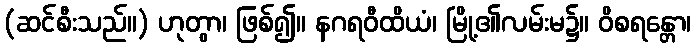
(ဆင်စီးသည်။) ဟုတွာ၊ ဖြစ်၍။ နဂရဝီထိယံ၊ မြို့၏လမ်းမ၌။ ဝိစရန္တော၊